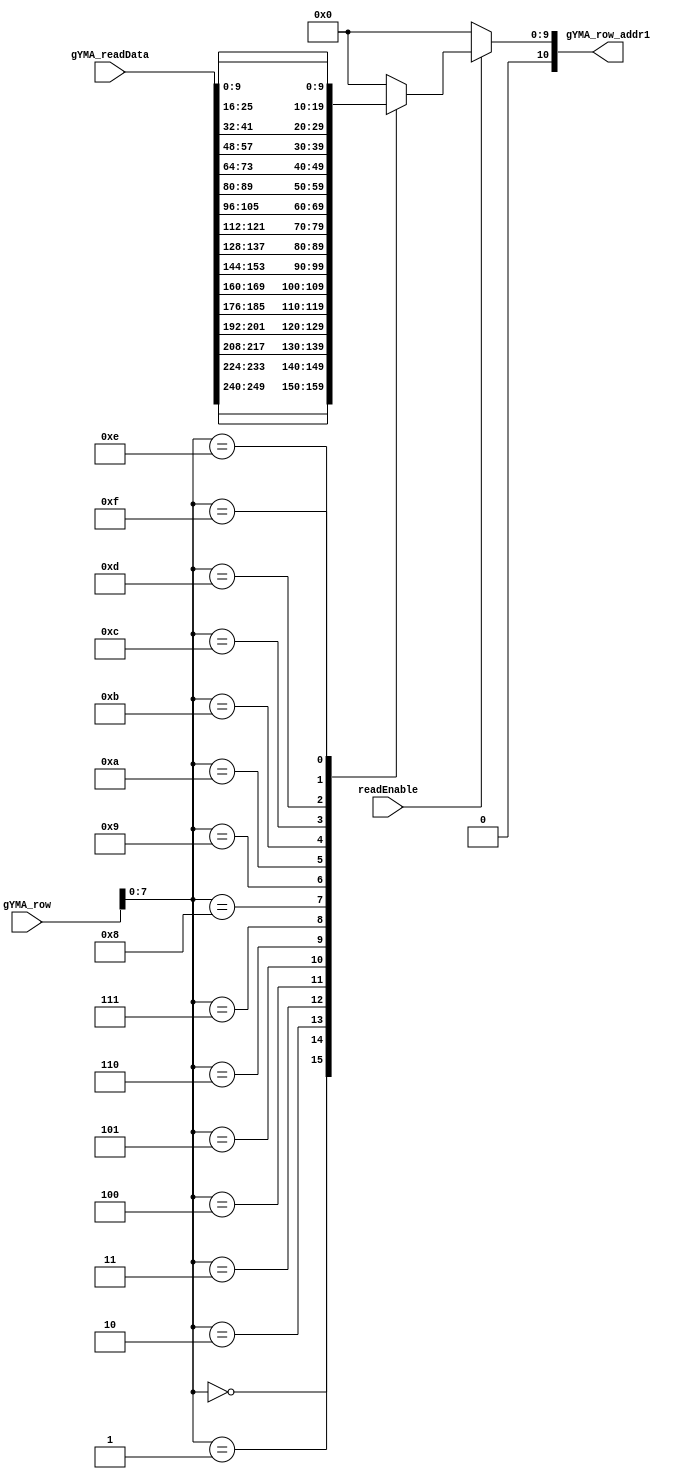
/*    Combinational Logic Ckt                   *
 *    Module that gets Y Matrix Read Addresses. */

module getYMatAddress(readEnable, //clock, reset, 
                  gYMA_row, gYMA_readData, gYMA_row_addr1);//, gYMA_row_addr2 );

//input clock,reset;
input readEnable;
input [15:0] gYMA_row;
input [255:0] gYMA_readData;

output [10:0] gYMA_row_addr1;

reg [10:0] gYMA_row_addr1;


always@(*)
begin
   if(readEnable)
   begin
      casex((gYMA_row[7:0]))
      8'd0:  gYMA_row_addr1 = gYMA_readData[249:240];
      8'd1:  gYMA_row_addr1 = gYMA_readData[233:224];
      8'd2:  gYMA_row_addr1 = gYMA_readData[217:208];
      8'd3:  gYMA_row_addr1 = gYMA_readData[201:192];
      8'd4:  gYMA_row_addr1 = gYMA_readData[185:176];
      8'd5:  gYMA_row_addr1 = gYMA_readData[169:160];
      8'd6:  gYMA_row_addr1 = gYMA_readData[153:144];
      8'd7:  gYMA_row_addr1 = gYMA_readData[137:128];
      8'd8:  gYMA_row_addr1 = gYMA_readData[121:112];
      8'd9: gYMA_row_addr1 = gYMA_readData[105:96];
      8'd10: gYMA_row_addr1 = gYMA_readData[89:80];
      8'd11: gYMA_row_addr1 = gYMA_readData[73:64];
      8'd12: gYMA_row_addr1 = gYMA_readData[57:48];
      8'd13: gYMA_row_addr1 = gYMA_readData[41:32];
      8'd14: gYMA_row_addr1 = gYMA_readData[25:16];
      8'd15:  gYMA_row_addr1 = gYMA_readData[9:0]; //since this is the last col
      default: gYMA_row_addr1 = 11'b0;
      endcase
   end
   else
      gYMA_row_addr1 = 11'd0;
end //always@ block 

/*
always@(posedge clock or reset)
begin
   if(!reset)
   begin
      gYMA_row_addr1 <= 11'd0;
      gYMA_row_addr2 <= 11'd0;
   end
   else
   begin
      gYMA_row_addr1 <= temp_addr1;
      gYMA_row_addr2 <= (temp_addr1 + 1);
   end
end//always@
*/

endmodule